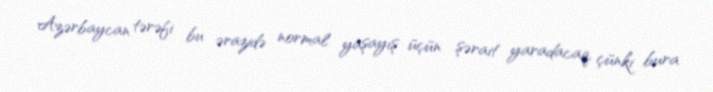
Azərbaycan tərəfi bu ərazidə normal yaşayış üçün şərait yaradacaq, çünki bura